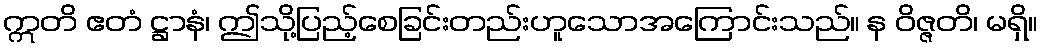
ဣတိ ဧတံ ဋ္ဌာနံ၊ ဤသို့ပြည့်စေခြင်းတည်းဟူသောအကြောင်းသည်။ န ဝိဇ္ဇတိ၊ မရှိ။